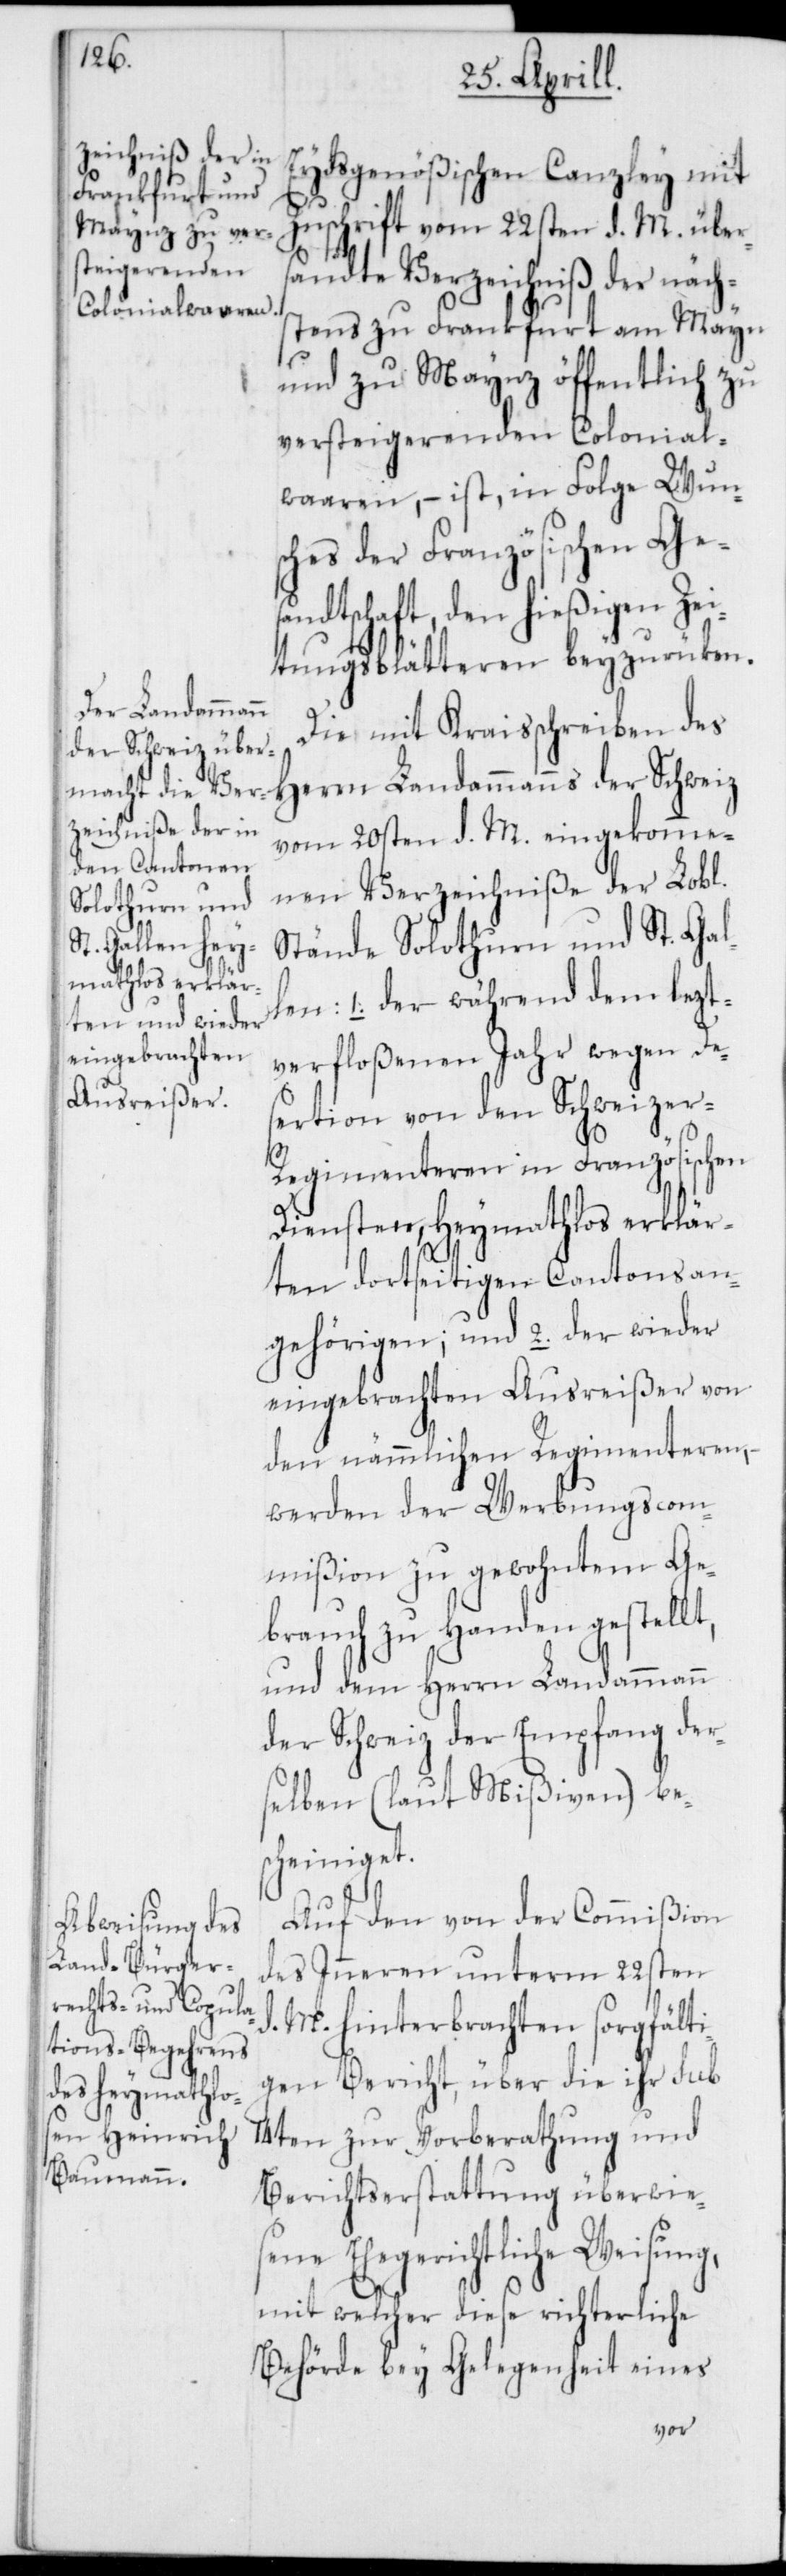
Eydsgenößischen Canzley mit
Zuschrift vom 22sten d. M. übers¬
andte Verzeichniß der näch¬
stens zu Frankfurt am Mayn
und zu Maynz öffentlich zu
versteigerenden Colonial¬
waaren, – ist, in Folge Wuns¬
ches der Französischen Gesa¬
ndtschaft den hießigen Ze¬
itungsblätteren beyzurücken.
Die mit Kreisschreiben des
Herrn Landammanns der Schweiz
vom 20sten d. M. eingekomme¬
nen Verzeichniße der Lobl.
Stände Solothurn und St. Gal¬
1. der während dem lezt¬
verfloßenen Jahr wegen De¬
sertion von den Schweizer-R¬
egimenteren in Französischen
Diensten, heymathlos erklär¬
ten dortseitigen Cantonsan¬
eingebrachten Ausreißer von
den nämmlichen Regimenteren,
werden der Werbungscom¬
mißion zu gewohntem Ge¬
brauch zu Handen gestellt,
und dem Herrn Landammann
der Schweiz der Empfang der¬
selben (laut Mißiven) be¬
scheiniget.
Auf den von der Commißion
des Inneren unterm 22sten
d. M. hinterbrachten sorgfälti¬
gen Bericht, über die ihr sub
14ten zur Vorberathung und
Berichtserstattung überwie¬
sene Ehegerichtliche Weisung,
mit welcher diese richterliche
Behörde bey Gelegenheit eines
len: